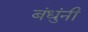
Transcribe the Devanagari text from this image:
बंधुंनी